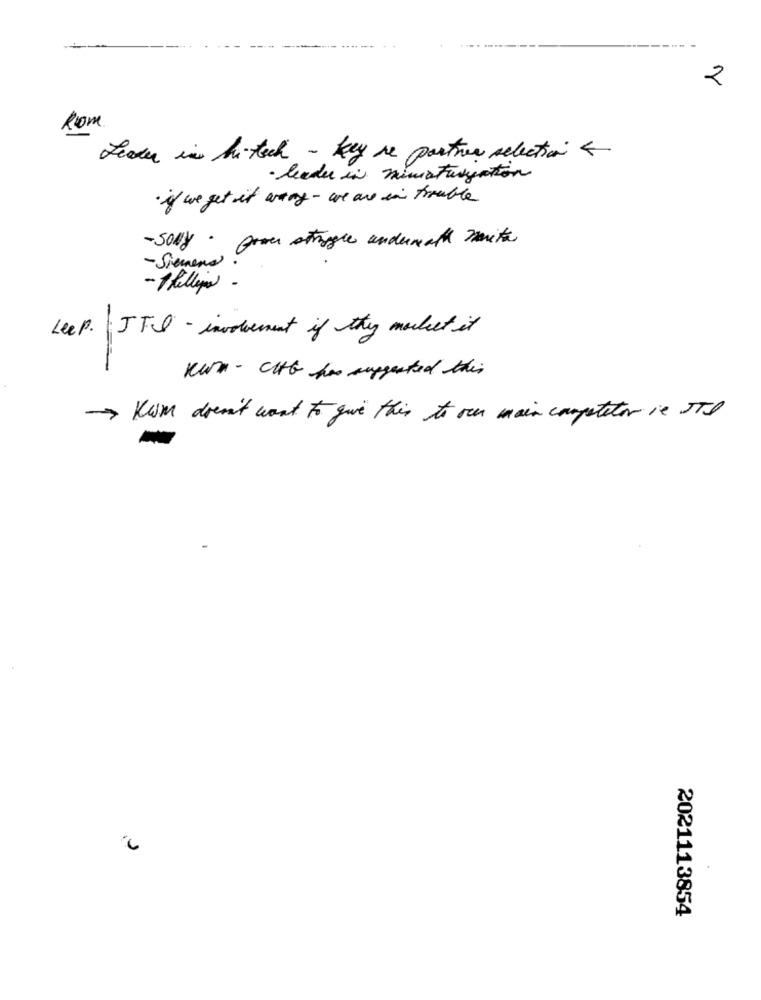
2
Rom
Leader in hi-tech - key re partner selection 4
· leader in miniaturization
· if we get it arany - we are in trouble
- Solly . Gover struggle underneath noite
-Siemens
-1helleja -
Leep. JTI - involvement if they market it
Kun - CHG hos suggested this
-> KUM doen't want to give this to our main competitor is ITO
2021113854